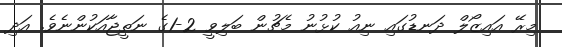
މިރޭ އައިޒޯލް ދަނޑުގައި ނިއު ކުޅުނު މެޗުން ބަލިވީ 2-1ގެ ނަތީޖާއަކުންނެވެ. އަދި